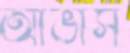
আভাস